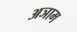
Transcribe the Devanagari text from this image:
अञाम